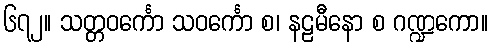
၆၇၂။ သတ္တဝင်္ကော သဝင်္ကော စ၊ နဠမီနော စ ဂဏ္ဍကော။